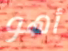
أهو